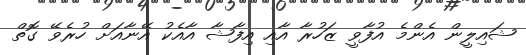
ޝައިލީން އެންމެ އުފާވީ ޒަހުރާ އާއި އިފާޝާ އާއެކު އޭނާއަށް ހުރެވޭ ގޮތް